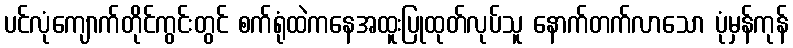
ပင်လုံကျောက်တိုင်ကွင်းတွင် စက်ရုံထဲကနေအထူးပြုထုတ်လုပ်သူ နောက်တက်လာသော ပုံမှန်ကုန်